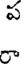
ప